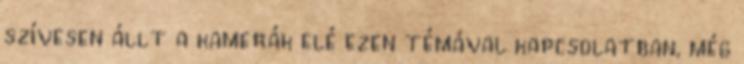
szívesen állt a kamerák elé ezen témával kapcsolatban, még